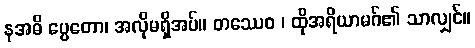
နအဓိ ပ္ပေတော၊ အလိုမရှိအပ်။ တဿေဝ ၊ ထိုအရိယာမဂ်၏ သာလျှင်။